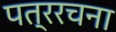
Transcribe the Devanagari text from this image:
पत्ररचना